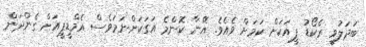
ބަދަލުވީ ރެކޯޑު ފީއަކަށް ކަމަށް ވެއެވެ. އޭނާ ކޮންމެ އަގަކަށްނަމަވެސް އެމްޑީޕީއަށް ގެންދަން